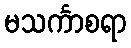
မသင်္ကာစရာ